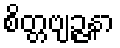
စိတ္တဗျဉ္ဇနာ